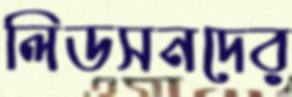
লিডসনদের